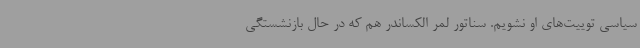
سیاسی توییت‌های او نشویم. سناتور لمر الکساندر هم که در حال بازنشستگی